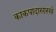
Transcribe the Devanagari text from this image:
काकपादासारखे